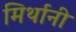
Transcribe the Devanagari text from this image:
मिर्थानी